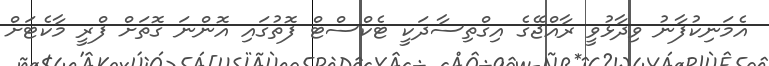
އެމަނިކުފާނު ވިދާޅުވީ ރާއްޖޭގެ އިގްތިސާދަކީ ޓެކްސްޓް ފޮތުގައި އޮންނަ ގޮތަށް ފްރީ މާކެޓަށް